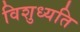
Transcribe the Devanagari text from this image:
विशुध्यति